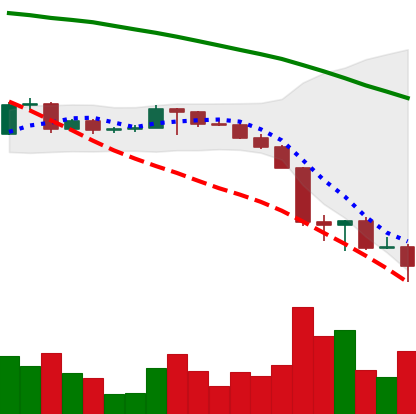
Ticker: BTC-USD
Chart end date: 2022-06-18
Forward return: 10.875%
Label: up_7plus